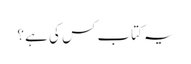
یہ کتاب کس کی ہے ؟